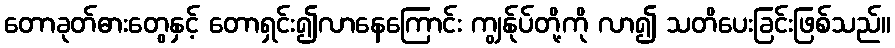
တောခုတ်ဓားတွေနှင့် တောရှင်း၍လာနေကြောင်း ကျွန်ုပ်တို့ကို လာ၍ သတိပေးခြင်းဖြစ်သည်။